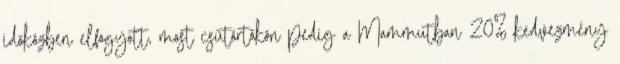
időközben elfogyott, most csütörtökön pedig a Mammutban 20% kedvezmény